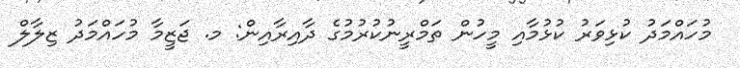
މުހައްމަދު ކުޅިވަރު ކުޅުމާއި މީހުން ތަމްރީނުކުރުމުގެ ދާއިރާއިން: މ. ޖަޒީމާ މުހައްމަދު ޒިލާލް